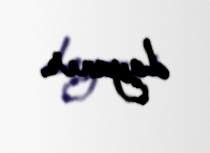
dayanır.